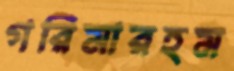
গরিমারহম